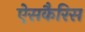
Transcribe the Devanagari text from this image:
ऐसकैरिस